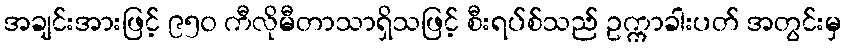
အချင်းအားဖြင့် ၉၅၀ ကီလိုမီတာသာရှိသဖြင့် စီးရပ်စ်သည် ဥက္ကာခါးပတ် အတွင်းမှ